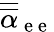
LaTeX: \overline{{\overline{{\mathbf{\alpha}}}}}_{\mathrm{~e~e~}}